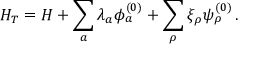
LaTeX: H _ { T } = H + \sum _ { a } \lambda _ { a } \phi _ { a } ^ { ( 0 ) } + \sum _ { \rho } \xi _ { \rho } \psi _ { \rho } ^ { ( 0 ) } \, .